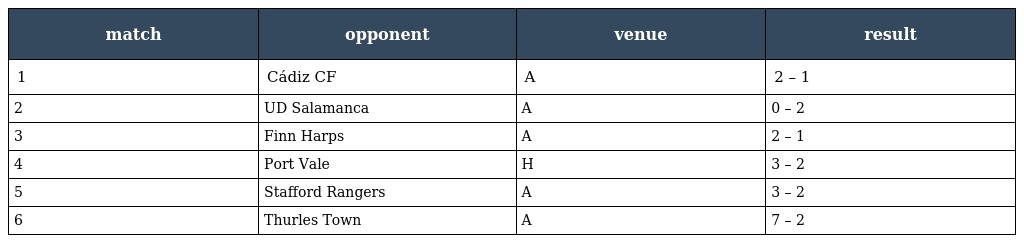
| match | opponent | venue | result |
 | --- | --- | --- | --- |
 | 1 | Cádiz CF | A | 2 – 1 |
 | 2 | UD Salamanca | A | 0 – 2 |
 | 3 | Finn Harps | A | 2 – 1 |
 | 4 | Port Vale | H | 3 – 2 |
 | 5 | Stafford Rangers | A | 3 – 2 |
 | 6 | Thurles Town | A | 7 – 2 |